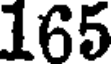
165